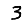
Digit: 3